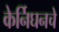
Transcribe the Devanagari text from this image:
केर्निघनचे